system: You are a helpful assistant.
user:
Analyze the provided spectrum to determine if it is a **White Dwarf (WD)**.

A White Dwarf spectrum is defined by its **extreme purity** (due to gravitational settling) and/or **extreme pressure broadening** (due to high surface gravity). You must check for one of the following mutually exclusive signatures:

- **Key Visual Indicators (Check for ONE of these types):**

    - **1. DA-Type Signature (Most Common):**
        - **(Primary Feature):** Extreme pressure broadening (Stark broadening) of the **Hydrogen (H) Balmer lines**.
        - **(Key Lines):** $H\beta$ (approx. $4861$ Å) and $H\gamma$ (approx. $4340$ Å). $H\alpha$ (approx. $6563$ Å) will also be present if the wavelength range covers it.
        - **(Line Profile):** This is the **defining feature**. The lines are **NOT** sharp. They appear as massive, **extremely broad and deep "troughs" or "dips"** in the spectrum, often hundreds of Ångströms wide. The continuum will appear to "scoop" down at these wavelengths.
        - **(Distinction):** Normal A-type or B-type stars have *narrow* and *sharp* Hydrogen lines. A DA White Dwarf's lines are unmistakably "smeared" or "blurry" from pressure.

    - **2. DB-Type Signature:**
        - **(Primary Feature):** Broad absorption lines from **Neutral Helium (He I)**. The spectrum must lack any visible Hydrogen lines.
        - **(Key Lines):** Look for broad absorption near $4471$ Å, $4921$ Å, and $5876$ Å.
        - **(Line Profile):** These lines are also significantly pressure-broadened, appearing much wider than they would in a normal B-type main-sequence star.

    - **3. DC-Type Signature:**
        - **(Primary Feature):** A **featureless continuous spectrum**.
        - **(Line Profile):** The spectrum is a smooth curve with **no significant absorption or emission lines**.
        - **(Key Confirmation):** The continuum is almost always **blue or white**, indicating a hot object. This signature implies the atmosphere is so pure (or so cool) that no spectral lines are visible in the optical range. Its WD identity is confirmed by its extremely low intrinsic brightness (high absolute magnitude).

    - **4. DZ-Type Signature (Metal-Polluted):**
        - **(Primary Feature):** **Isolated, narrow metal absorption lines** on an otherwise featureless (DC-like) continuum.
        - **(Key Lines):** The **Calcium (Ca II) H & K doublet** (approx. **$3934$ Å** and **$3968$ Å**) is the most common and defining feature.
        - **(Line Profile):** These lines are "out of place." They are *not* part of a "forest" of thousands of lines. This signature is evidence of recent *accretion* (pollution) from rocky debris.
        - **(Distinction):** Normal G/K/M stars have a *dense forest* of thousands of metal lines. A DZ has a *clean* continuum with *only a few* strong metal lines.

    - **5. DQ-Type Signature (Carbon-Polluted):**
        - **(Primary Feature):** Absorption bands from **Carbon (C₂ "Swan Bands" or atomic C I)**.
        - **(Key Lines - C₂):** Look for bandheads with a "saw-tooth" shape near $5635$ Å, **$5165$ Å** (strongest), and $4737$ Å.
        - **(Key Confirmation):** The underlying **continuum must be blue or white** (hot).
        - **(Distinction):** This is the critical difference from a **Carbon Star**, which has the *exact same* C₂ bands but on an extremely **red, cool** continuum.

- **(Overall Spectrum):**
    - The continuum (overall shape) is typically **blue-sloping** (brighter in the blue than the red), as most white dwarfs are very hot.
    - The spectrum will look "pure" or "simple," dominated by only *one* of the five signatures listed above.

Think first, call **spectral_visualization_tool** if needed to examine features in detail, then provide your final answer. Your response must adhere to the following strict rules:
1.  **Overall Structure:** Your response must follow the format `<think>...</think> <tool_call>...</tool_call> (if a tool is used) <answer>...</answer>`.
2.  **Tool Usage Constraint:** You may only make **one** tool call per turn.
3.  **Final Answer Format:** In the `<answer>` tag, your conclusion must be inside a `\boxed{}` command (e.g., `\boxed{YES}` or `\boxed{NO}`), followed by your justification.

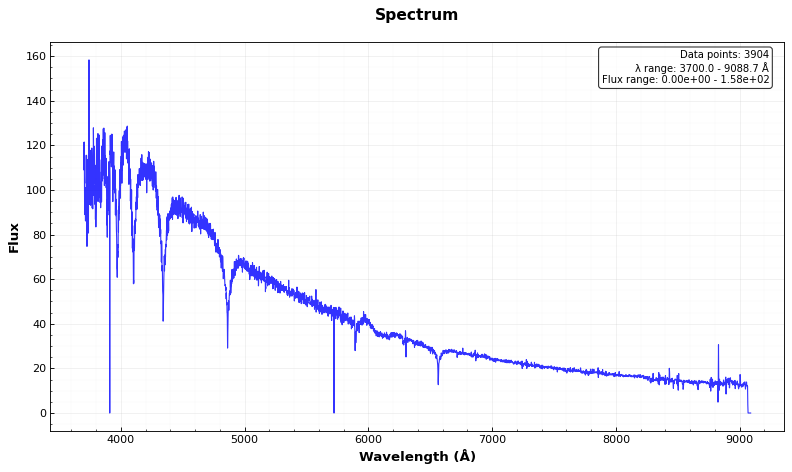
Answer: YES